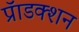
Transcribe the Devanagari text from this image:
प्रॅाडक्शन